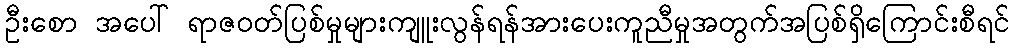
ဦးစော အပေါ် ရာဇဝတ်ပြစ်မှုများကျူးလွန်ရန်အားပေးကူညီမှုအတွက်အပြစ်ရှိကြောင်းစီရင်